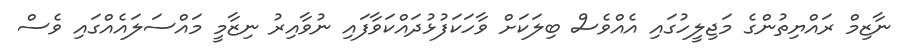
ނާޒިމް ރައްޔިތުންގެ މަޖިލީހުގައި އެއްވެސް ބިލަކަށް ވާހަކަފުޅުދައްކަވާފައި ނުވާއިރު ނިޒާމީ މައްސަލައެއްގައި ވެސް